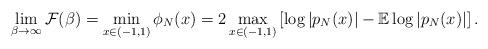
LaTeX: \begin{align*}\lim_{\beta\to \infty}\mathcal{F}(\beta)=\min_{x\in(-1,1)}\phi_N(x)=2\max_{x\in(-1,1)}\left[\log{|p_N(x)|-\mathbb{E}\log|p_{N}(x)|}\right].\end{align*}